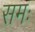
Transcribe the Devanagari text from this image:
समः